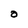
Character: O